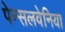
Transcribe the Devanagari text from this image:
पेन्सलवेनिया